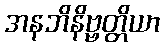
အနဘိနိဗ္ဗတ္တိယာ